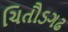
ચિતૌડગઢ